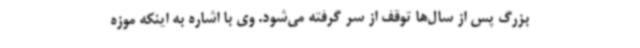
بزرگ پس از سال‌ها توقف از سر گرفته می‌شود. وی با اشاره به اینکه موزه